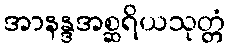
အာနန္ဒအစ္ဆရိယသုတ္တံ